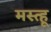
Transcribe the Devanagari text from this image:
मस्त्हू